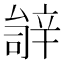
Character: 𬨚